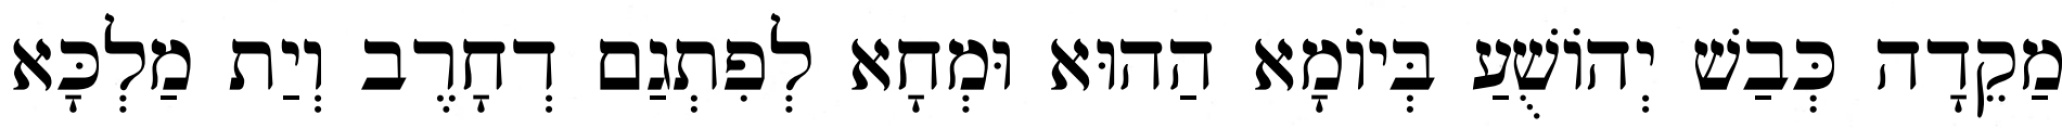
מַקֵדָה כְּבַשׁ יְהוֹשֻׁעַ בְּיוֹמָא הַהוּא וּמְחָא לְפִתְגַם דְחָרֶב וְיַת מַלְכָּא